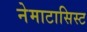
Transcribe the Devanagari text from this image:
नेमाटासिस्ट